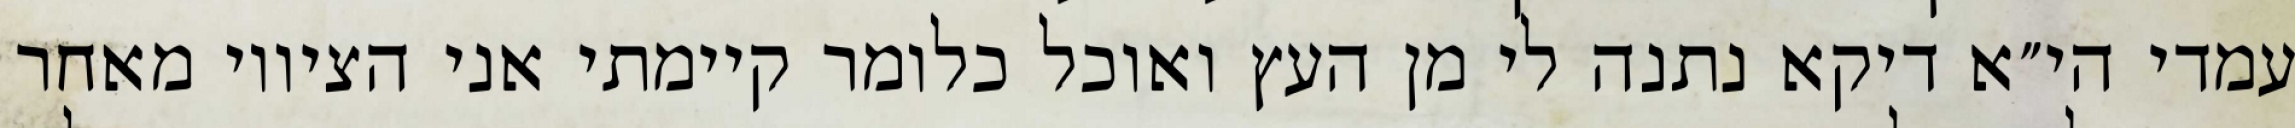
עמדי הי״א דיקא נתנה לי מן העץ ואוכל כלומר קיימתי אני הציווי מאחר